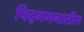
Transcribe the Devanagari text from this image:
चिद्‌गगनातील